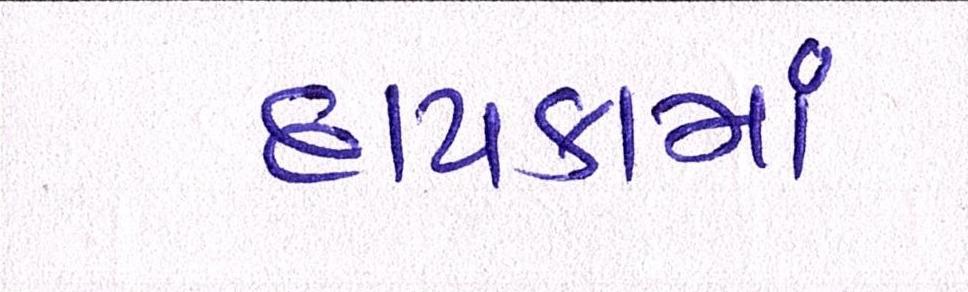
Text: દાયકામાં